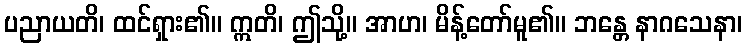
ပညာယတိ၊ ထင်ရှား၏။ ဣတိ၊ ဤသို့။ အာဟ၊ မိန့်တော်မူ၏။ ဘန္တေ နာဂသေနာ၊